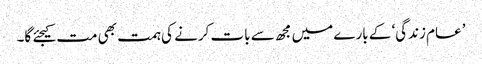
’عام زندگی‘ کے بارے میں مجھ سے بات کرنے کی ہمت بھی مت کیجئے گا۔